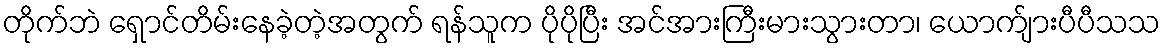
တိုက်ဘဲ ရှောင်တိမ်းနေခဲ့တဲ့အတွက် ရန်သူက ပိုပိုပြီး အင်အားကြီးမားသွားတာ၊ ယောက်ျားပီပီသသ